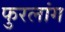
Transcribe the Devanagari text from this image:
फुरलांग